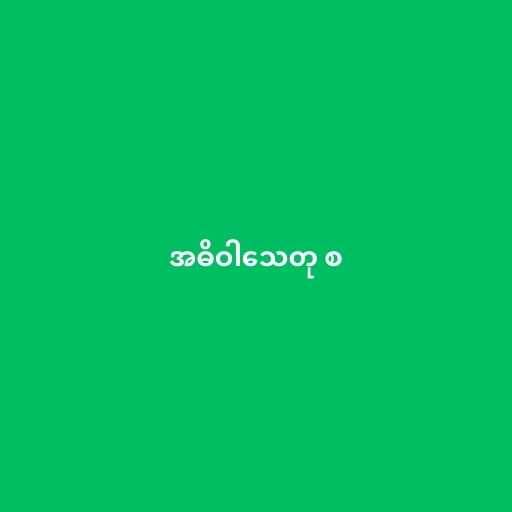
အဓိဝါသေတု စ